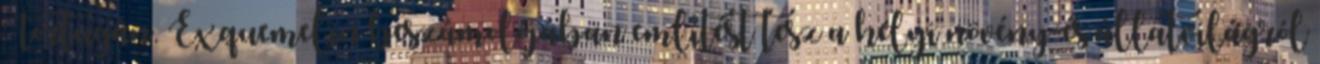
Tortugán. Exquemelin beszámolójában említést tesz a helyi növény-és állatvilágról